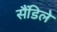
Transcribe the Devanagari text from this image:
सैंडिले